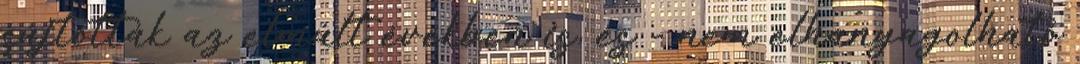
sújtották az elmúlt években is, és - nem elhanyagolható